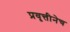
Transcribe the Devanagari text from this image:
प्रवृत्तीनेच